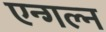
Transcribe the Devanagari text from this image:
एन्गल्न